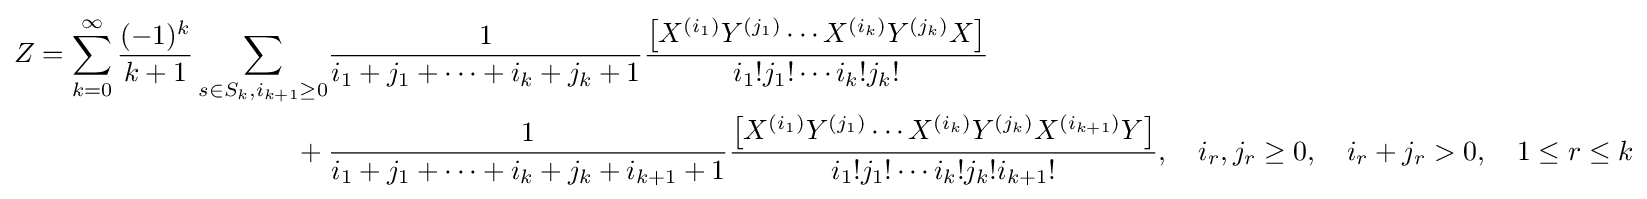
{\begin{aligned}Z=\sum _{k=0}^{\infty }{\frac {(-1)^{k}}{k+1}}\sum _{s\in S_{k},i_{k+1}\geq 0}&{\frac {1}{i_{1}+j_{1}+\cdots +i_{k}+j_{k}+1}}{\frac {\left[X^{(i_{1})}Y^{(j_{1})}\cdots X^{(i_{k})}Y^{(j_{k})}X\right]}{i_{1}!j_{1}!\cdots i_{k}!j_{k}!}}\\{}+{}&{\frac {1}{i_{1}+j_{1}+\cdots +i_{k}+j_{k}+i_{k+1}+1}}{\frac {\left[X^{(i_{1})}Y^{(j_{1})}\cdots X^{(i_{k})}Y^{(j_{k})}X^{(i_{k+1})}Y\right]}{i_{1}!j_{1}!\cdots i_{k}!j_{k}!i_{k+1}!}},\quad i_{r},j_{r}\geq 0,\quad i_{r}+j_{r}>0,\quad 1\leq r\leq k\end{aligned}}